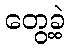
တွေ့ခဲ့